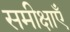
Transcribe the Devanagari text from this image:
समीक्षाऍं